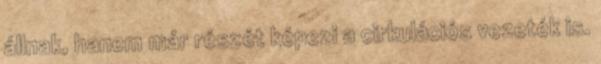
állnak, hanem már részét képezi a cirkulációs vezeték is.